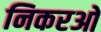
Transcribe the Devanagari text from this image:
निकरओ